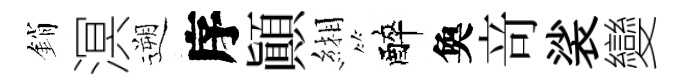
銷溟遡序顚緗醉奐竒裟變